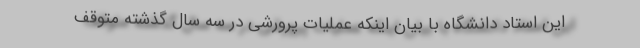
این استاد دانشگاه با بیان اینکه عملیات پرورشی در سه سال گذشته متوقف